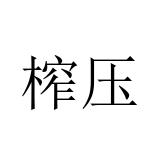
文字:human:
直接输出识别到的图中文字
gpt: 榨压